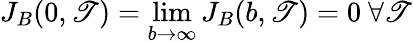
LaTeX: J_{B}(0,\mathscr{T})=\operatorname*{lim}_{b\rightarrow\infty}J_{B}(b,\mathscr{T})=0\ \forall\mathscr{T}